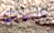
بالتهاب